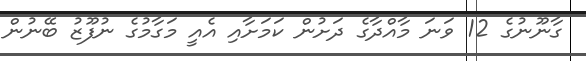
ގާނޫނުގެ 12 ވަނަ މާއްދާގެ ދަށުން ކަމަށާއި އެއީ މަގާމުގެ ނުފޫޒު ބޭނުން